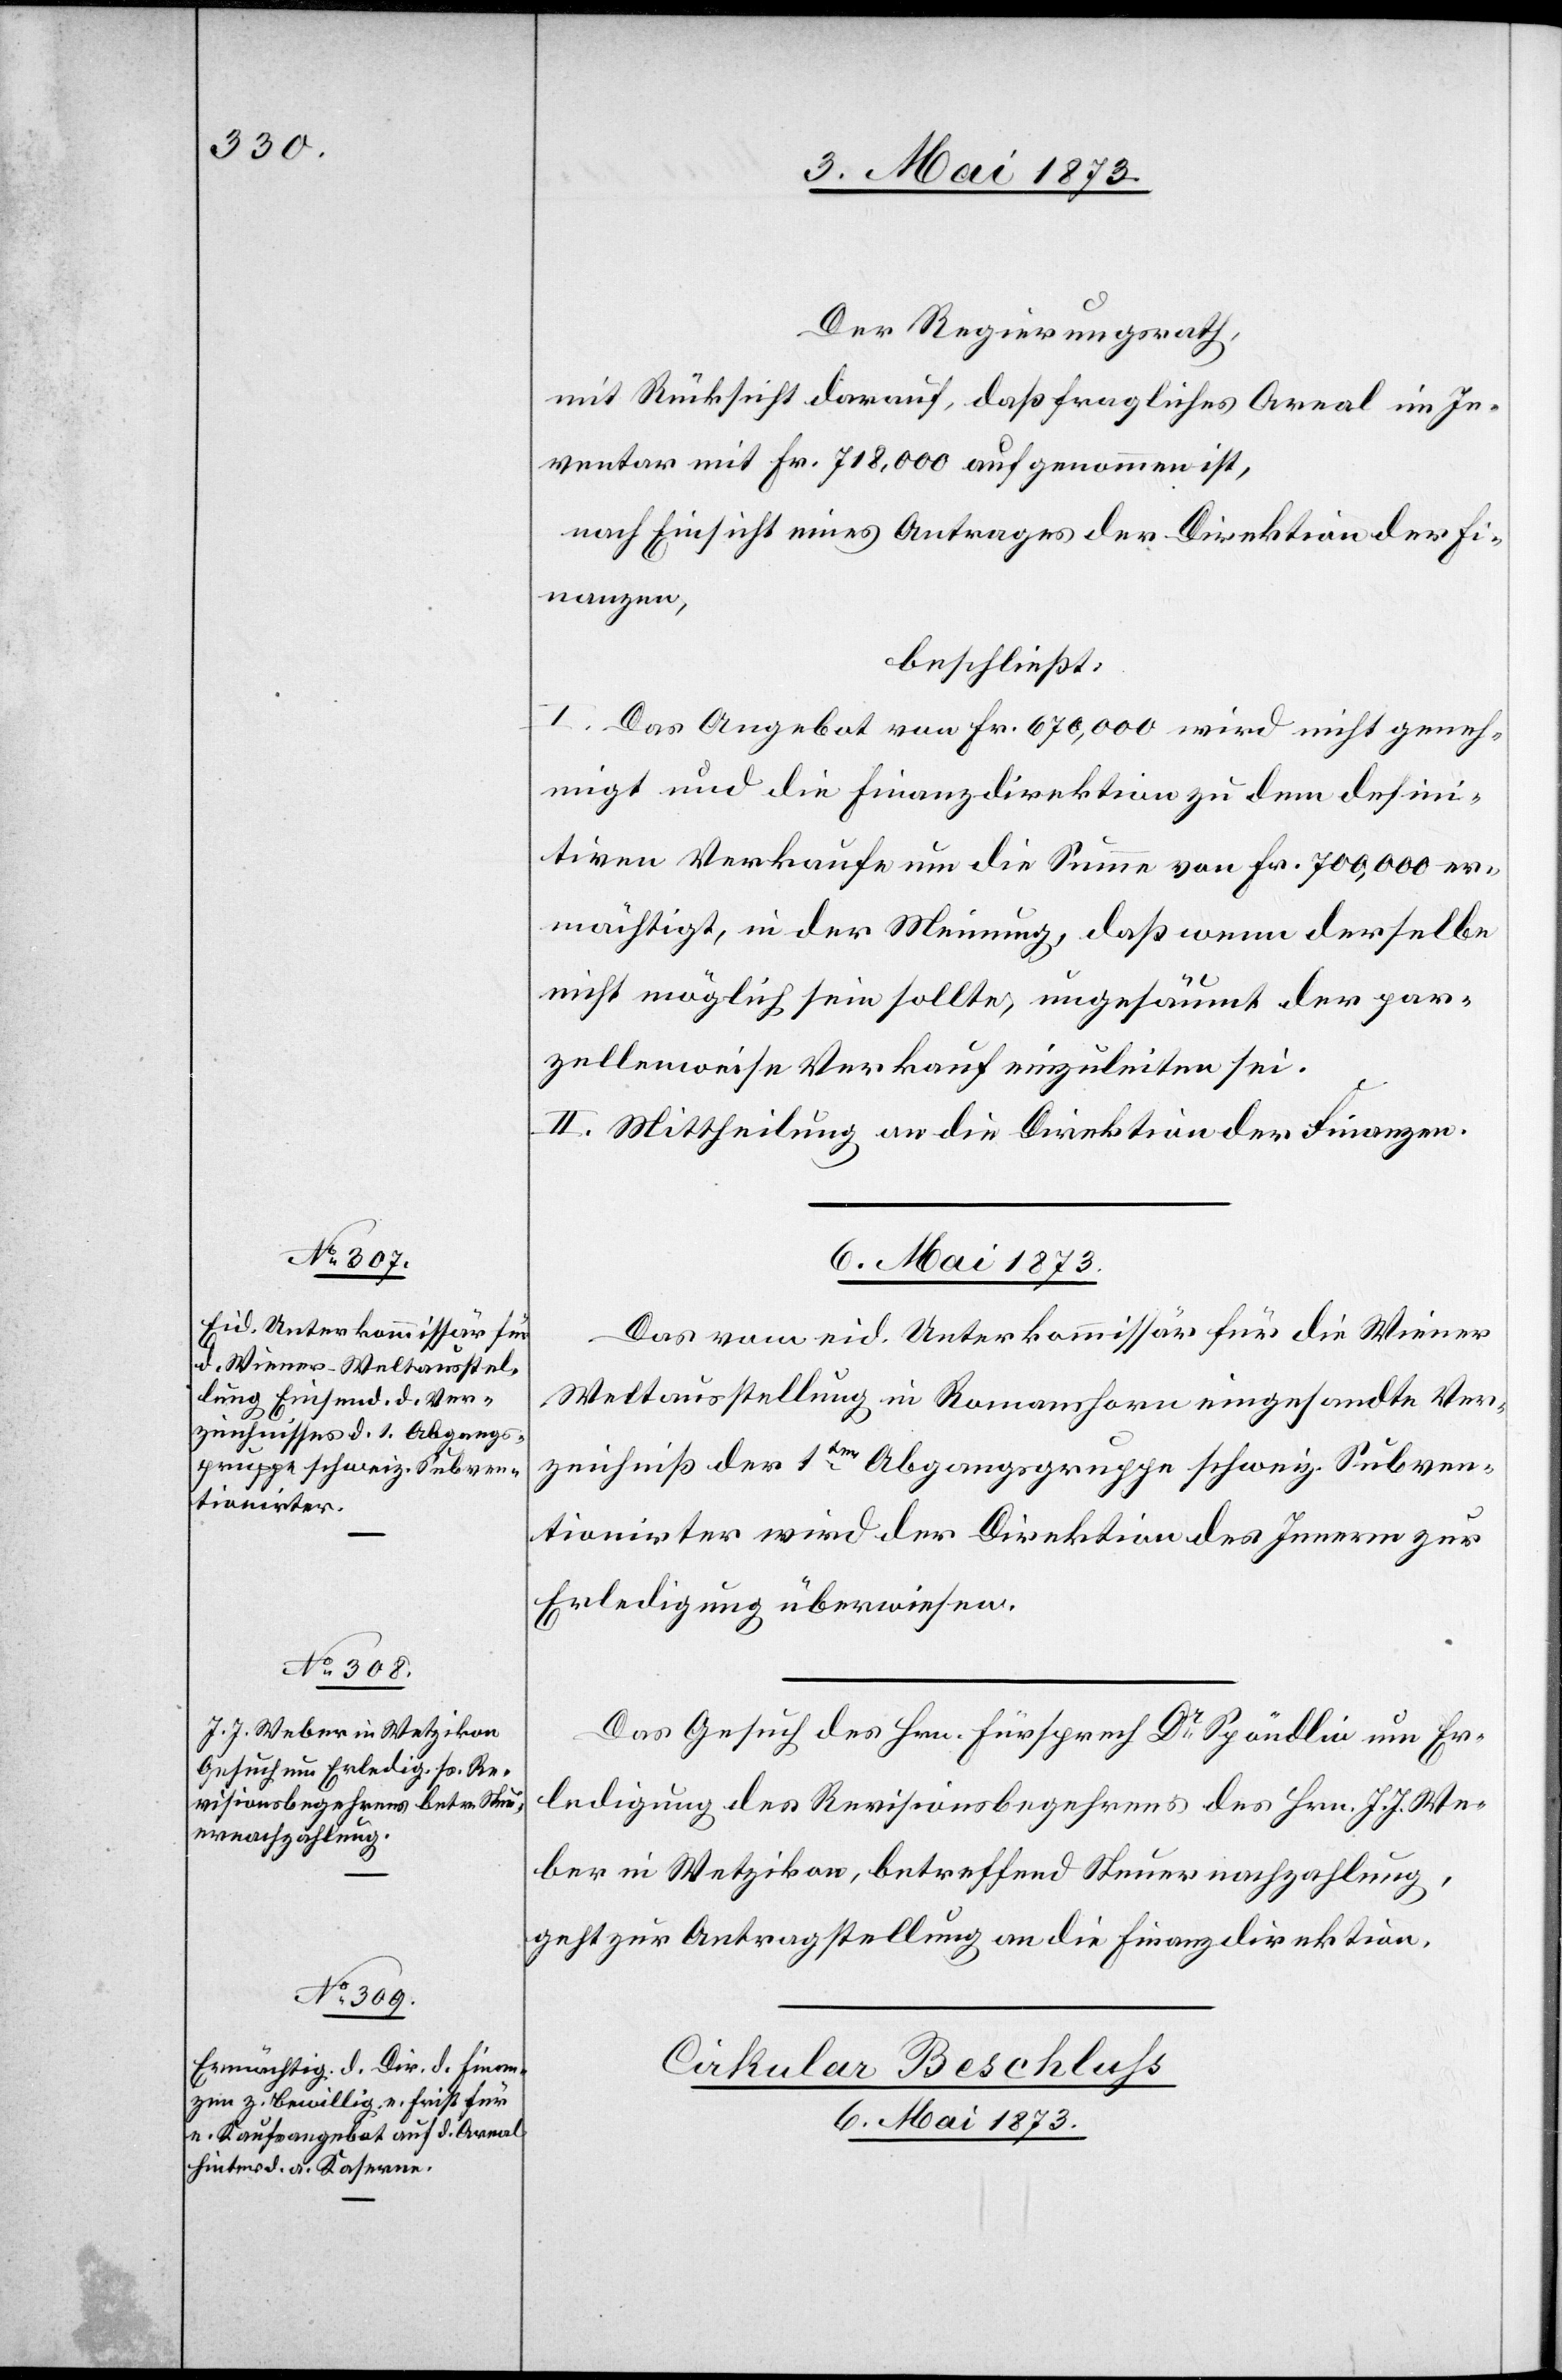
Der Regierungsrath,
mit Rücksicht darauf, daß fragliches Areal im In¬
ventar mit Fr. 718,000 aufgenommen ist,
nach Einsicht eines Antrages der Direktion der Fi¬
nanzen,
beschließt:
I. Das Angebot von Fr. 670,000 wird nicht geneh¬
migt und die Finanzdirektion zu dem defini¬
tiven Verkaufe um die Summe von Fr. 700,000 er¬
mächtigt, in der Meinung, daß wenn derselbe
nicht möglich sein sollte, ungesäumt der par¬
zellenweise Verkauf einzuleiten sei.
II. Mittheilung an die Direktion der Finanzen.
Das vom eid. Unterkommissär für die Wiener
Weltausstellung in Romanshorn eingesandte Ver¬
zeichniß der 1ten Abgangsgruppe schweiz. Subven¬
tionirter wird der Direktion des Innern zur
Erledigung überwiesen.
Das Gesuch des Hrn. Fürsprech Dr Spöndlin um Er¬
ledigung des Revisionsbegehrens des Hrn. J. J. We¬
ber in Wetzikon, betreffend Steuernachzahlung,
geht zur Antragstellung an die Finanzdirektion.
Cirkular-Beschluss
6. Mai 1873.